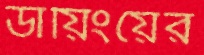
ডায়িংয়ের